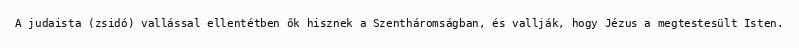
A judaista (zsidó) vallással ellentétben ők hisznek a Szentháromságban, és vallják, hogy Jézus a megtestesült Isten.